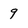
Character: 9